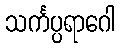
သင်္ကပ္ပရာဂေါ